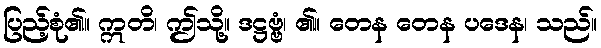
ပြည့်စုံ၏။ ဣတိ၊ ဤသို့။ ဒဋ္ဌဗ္ဗံ၊ ၏။ တေန တေန ပဒေန၊ သည်။